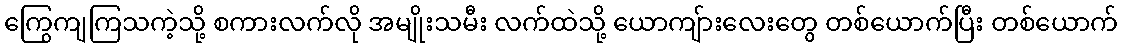
ကြွေကျကြသကဲ့သို့ စကားလက်လို အမျိုးသမီး လက်ထဲသို့ ယောကျ်ားလေးတွေ တစ်ယောက်ပြီး တစ်ယောက်